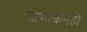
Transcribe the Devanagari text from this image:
नामांकनही